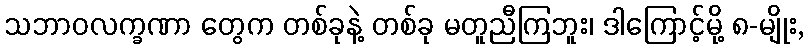
သဘာဝလက္ခဏာ တွေက တစ်ခုနဲ့ တစ်ခု မတူညီကြဘူး၊ ဒါကြောင့်မို့ ၈-မျိုး,